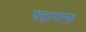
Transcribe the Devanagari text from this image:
पढायला